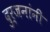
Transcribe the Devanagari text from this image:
दुर्जनांनी